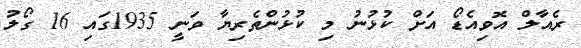
ރެއާލް އޮވިއެޑޯ އަށް ކުޅުނު މި ކުޅުންތެރިޔާ ވަނީ 1935ގައި 16 ގޯލު